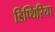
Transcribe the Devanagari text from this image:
डिप्थिरिया